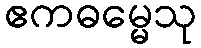
ဧကဓမ္မေသု